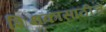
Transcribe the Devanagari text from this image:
शिक्षकांसाठीचे